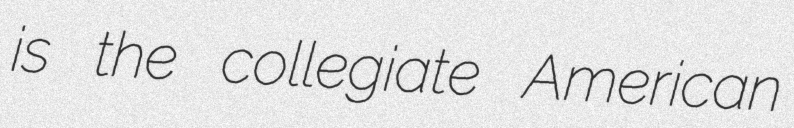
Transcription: is the collegiate American